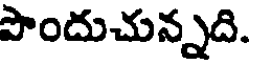
పొందుచున్నది.